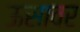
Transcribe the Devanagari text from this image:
ऊसावर